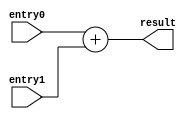
module addB (output reg [31:0] result, input [31:0] entry1, entry0);
  
  always @(entry1, entry0)
  result = entry0 + entry1 ;
endmodule

// module main ();

//   /////////////////////VARIABLE DECLARATION/////////////////////
  
//   //inputs
//   reg [31:0] in0;
//   reg [31:0] in1;
//   //outputs
//   wire  [31:0] result;

//   // sim time
//   parameter sim_time = 1900;

//   // ALU module initialization
//   addB adder(result, in1, in0);

//   initial #sim_time $finish;
//   /////////////////////VARIABLE DECLARATION/////////////////////



//   /////////////////////SET VALUES TO TEST/////////////////////
//   initial begin
//     in1 = 32'd5; in0 = 32'd7; 
//     #10 $display("");
//   end
//   /////////////////////SET VALUES TO TEST/////////////////////


//   /////////////////////DO THE THING/////////////////////

//   initial begin
//     $display ("time        ins          result");
//     $monitor ("%4d        %d           %d       %d", $time, in1, in0,  result);
//   end
//  /////////////////////DO THE THING/////////////////////

// endmodule